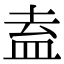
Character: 盍